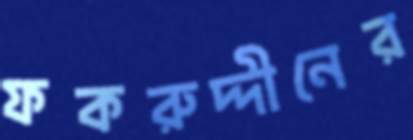
ফকরুদ্দীনের